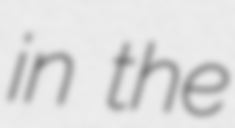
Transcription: in the